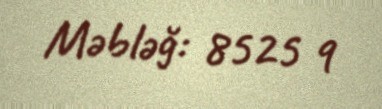
Məbləğ: 8525 q